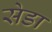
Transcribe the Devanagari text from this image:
सेडा